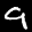
Label: 9